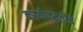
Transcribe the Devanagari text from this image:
कार्यपद्धतीचे